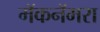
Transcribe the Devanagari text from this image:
मॅकनॅमरा